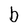
Character: b